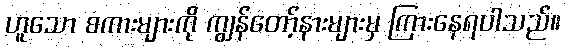
ဟူသော စကားများကို ကျွန်တော့်နားများမှ ကြားနေရပါသည်။